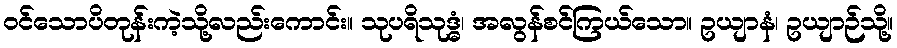
ဝင်သောပိတုန်းကဲ့သို့လည်းကောင်း။ သုပရိသုဒ္ဓံ၊ အလွန်စင်ကြယ်သော။ ဥယျာနံ၊ ဥယျာဉ်သို့။